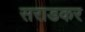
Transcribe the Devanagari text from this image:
सराडकर